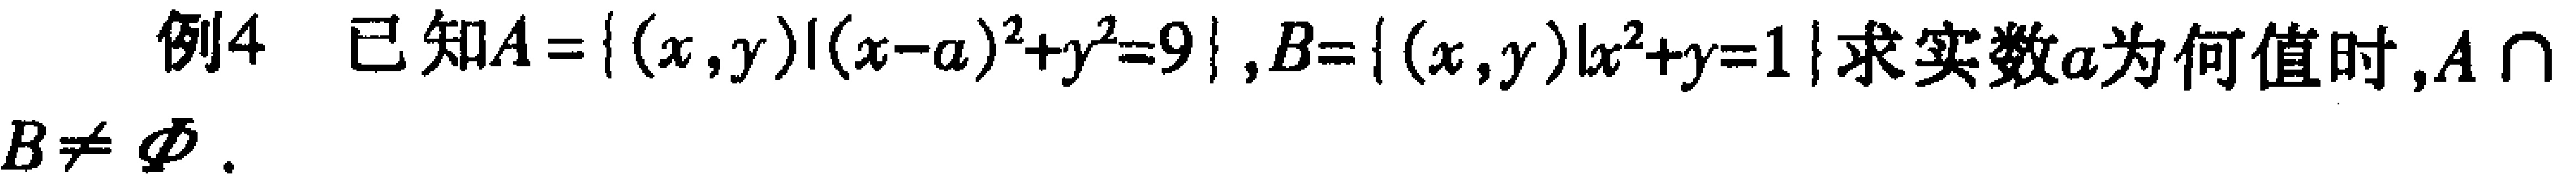
例4 已知$A = \{ (x,y)|(x - a)^2 + y^2 = 9\}, B = \{ (x,y)|x^2 + y = 1\}$求实数$a$为何值时，$A\cap B\neq \varnothing$.